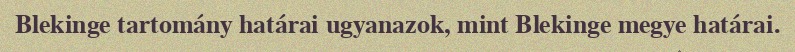
Blekinge tartomány határai ugyanazok, mint Blekinge megye határai.